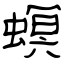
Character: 螟